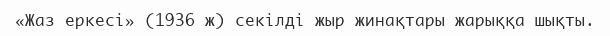
«Жаз еркесі» (1936 ж) секілді жыр жинақтары жарыққа шықты.